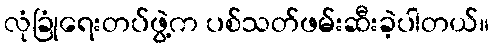
လုံခြုံရေးတပ်ဖွဲ့က ပစ်သတ်ဖမ်းဆီးခဲ့ပါတယ်။